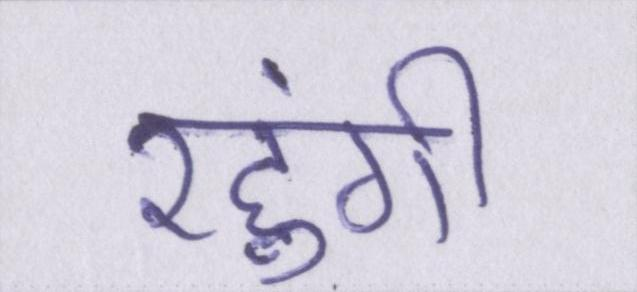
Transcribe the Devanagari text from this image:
रहुंगी